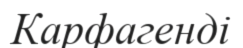
Карфагенді